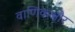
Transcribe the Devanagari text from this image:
वाणिकऔर